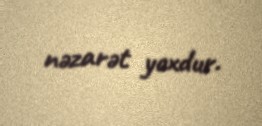
nəzarət yoxdur.